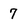
Character: 7